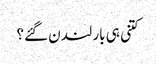
کتنی ہی بار لندن گئے؟